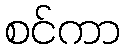
စင်ကာ